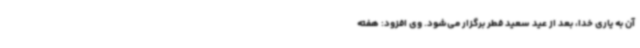
آن به یاری خدا، بعد از عید سعید فطر برگزار می‌شود. وی افزود: هفته